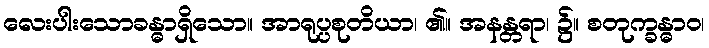
လေးပါးသောခန္ဓာရှိသော။ အာရုပ္ပစုတိယာ၊ ၏။ အနန္တရာ၊ ၌။ စတုက္ခန္ဓာဝ၊